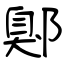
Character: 鄓